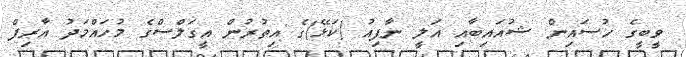
ވީބީގެ ހުސައިން ޝުއައިބާއި އަލީ ނާފިއު (ކަޅޭ)ގެ އިތުރުން އީގަލްސްގެ މުހައްމަދު އާރިފް